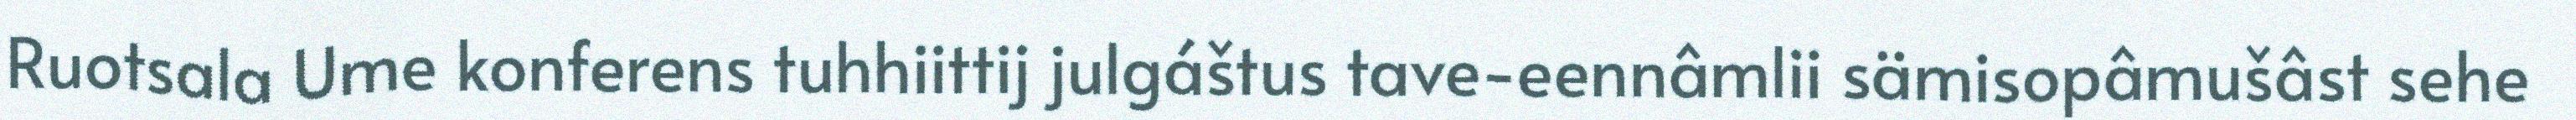
Ruotsala Ume konferens tuhhiittij julgáštus tave-eennâmlii sämisopâmušâst sehe